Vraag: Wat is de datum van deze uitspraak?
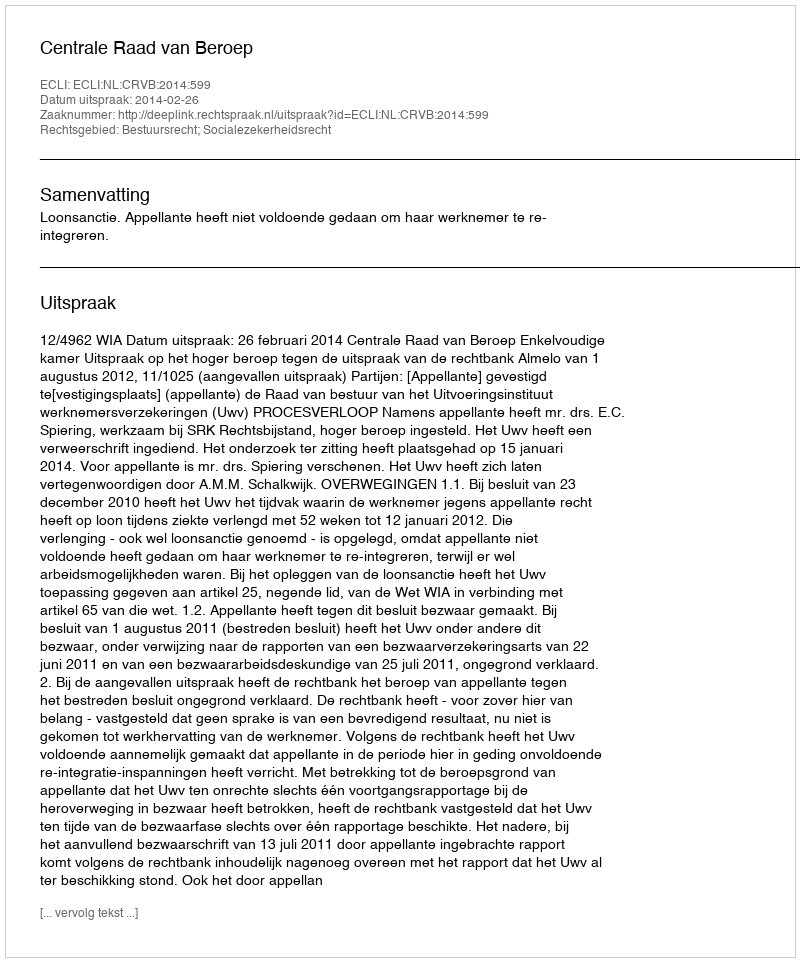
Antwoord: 2014-02-26